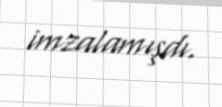
imzalamışdı.